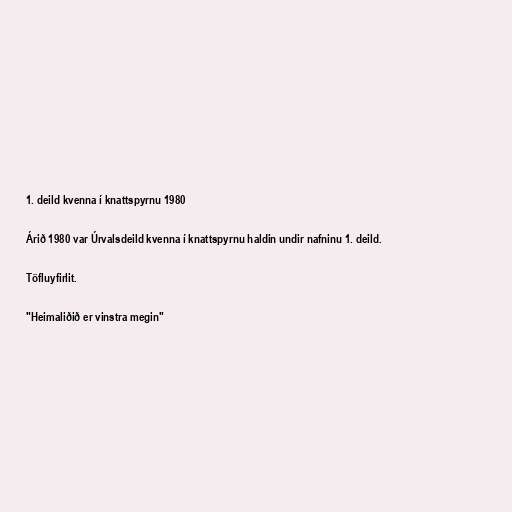
1. deild kvenna í knattspyrnu 1980

Árið 1980 var Úrvalsdeild kvenna í knattspyrnu haldin undir nafninu 1. deild.

Töfluyfirlit.

"Heimaliðið er vinstra megin"